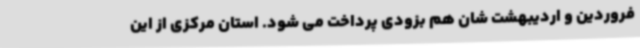
فروردین و اردیبهشت شان هم بزودی پرداخت می شود. استان مرکزی از این